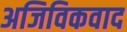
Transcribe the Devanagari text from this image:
अजिविकवाद